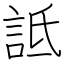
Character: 詆